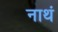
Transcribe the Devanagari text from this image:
नाथं